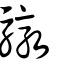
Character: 驐